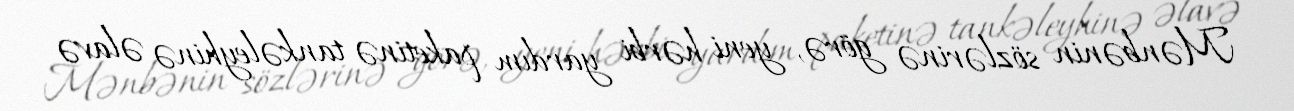
Mənbənin sözlərinə görə, yeni hərbi yardım paketinə tankəleyhinə əlavə